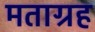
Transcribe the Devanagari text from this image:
मताग्रह